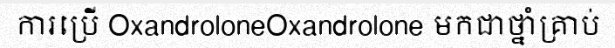
ការប្រើ OxandroloneOxandrolone មកជាថ្នាំគ្រាប់